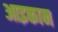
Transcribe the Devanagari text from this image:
आइकान